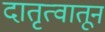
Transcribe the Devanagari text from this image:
दातृत्वातून